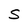
Character: S